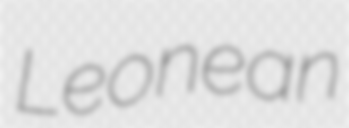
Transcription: Leonean